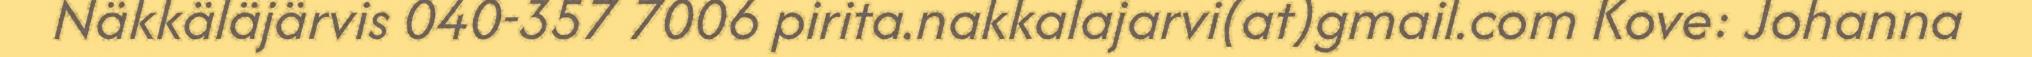
Näkkäläjärvis 040-357 7006 pirita.nakkalajarvi(at)gmail.com Kove: Johanna